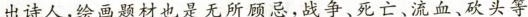
出诗人,绘画题材也是无所顾忌，战争、死亡、流血、砍头等